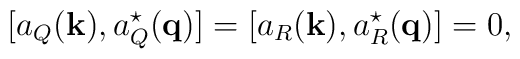
[a_Q({\bf k}),a_Q^\star({\bf q})] = [a_R({\bf k}),a_R^\star({\bf q})] = 0,